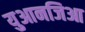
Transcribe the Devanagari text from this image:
युआनजिआ